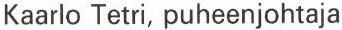
Kaarlo Tetri, puheenjohtaja